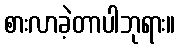
စားလာခဲ့တာပါဘုရား။